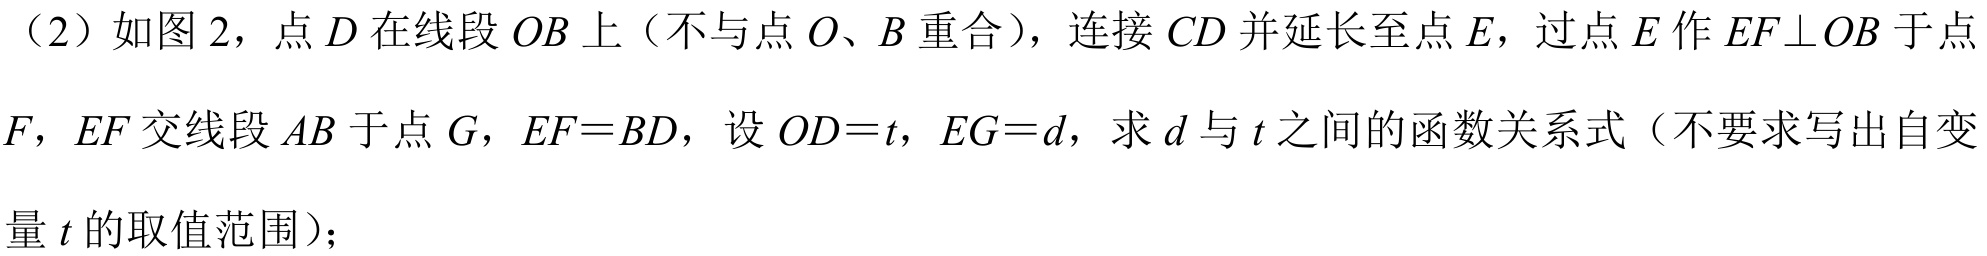
（2）如图2，点\(D\)在线段\(OB\)上（不与点\(O\)、\(B\)重合），连接\(CD\)并延长至点\(E\)，过点\(E\)作\(EF\perp OB\)于点\(F\)，\(EF\)交线段\(AB\)于点\(G\)，\(EF = BD\)，设\(OD = t\)，\(EG = d\)，求\(d\)与\(t\)之间的函数关系式（不要求写出自变量\(t\)的取值范围）；